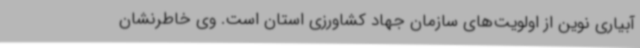
آبیاری نوین از اولویت‌های سازمان جهاد کشاورزی استان است. وی خاطرنشان